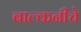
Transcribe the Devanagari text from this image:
बाल्कनीचे